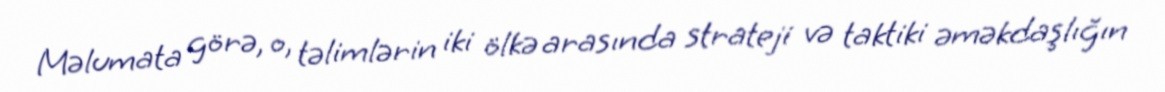
Məlumata görə, o, təlimlərin iki ölkə arasında strateji və taktiki əməkdaşlığın